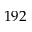
1 9 2